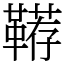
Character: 鞯